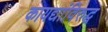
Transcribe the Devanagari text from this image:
कायद्यांविरुद्ध